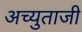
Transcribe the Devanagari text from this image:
अच्युताजी